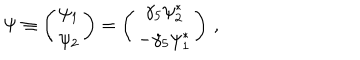
LaTeX: \Psi \equiv \left( \begin{array} { c } { { \psi _ { 1 } } } \\ { { \psi _ { 2 } } } \\ \end{array} \right) = \left( \begin{array} { c } { { \gamma _ { 5 } \psi _ { 2 } ^ { * } } } \\ { { - \gamma _ { 5 } \psi _ { 1 } ^ { * } } } \\ \end{array} \right) \, ,